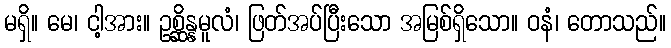
မရှိ။ မေ၊ ငါ့အား။ ဥစ္ဆိန္နမူလံ၊ ဖြတ်အပ်ပြီးသော အမြစ်ရှိသော။ ဝနံ၊ တောသည်။